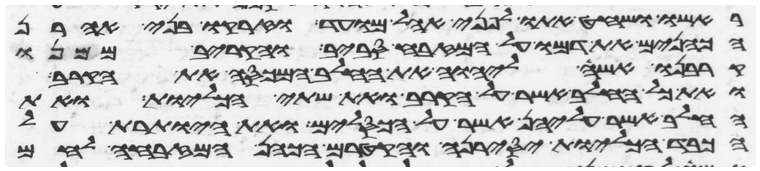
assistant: ראשו ושחט אתו לפני אהל מועד וזרקו בני אהרן
הכהנים את דמו על המזבח סביב והקריב ממנו
קרבנו אשה ליהוה את החלב המכסה את הקרב
ואת כל החלב אשר על הקרב ואת שתי הכליות ואת
החלב אשר עליהן אשר על הכסלים ואת היותרת על
הכבד על הכליות יסירנה והקטירם הכהן המזבחה לחם